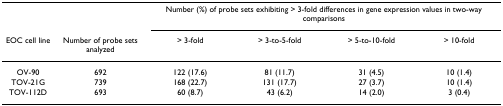
<table><thead><tr><td></td><td></td><td colspan="4"><b>Number (%) of probe sets exhibiting &gt; 3-fold differences in gene expression values in two-way comparisons</b></td></tr><tr><td><b>EOC cell line</b></td><td><b>Number of probe sets analyzed</b></td><td><b>&gt; 3-fold</b></td><td><b>&gt; 3-to-5-fold</b></td><td><b>&gt; 5-to-10-fold</b></td><td><b>&gt; 10-fold</b></td></tr></thead><tbody><tr><td>OV-90</td><td>692</td><td>122 (17.6)</td><td>81 (11.7)</td><td>31 (4.5)</td><td>10 (1.4)</td></tr><tr><td>TOV-21G</td><td>739</td><td>168 (22.7)</td><td>131 (17.7)</td><td>27 (3.7)</td><td>10 (1.4)</td></tr><tr><td>TOV-112D</td><td>693</td><td>60 (8.7)</td><td>43 (6.2)</td><td>14 (2.0)</td><td>3 (0.4)</td></tr></tbody></table>